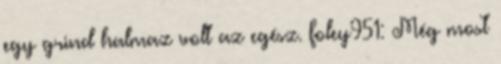
egy grind halmaz volt az egész. foley951: Még most